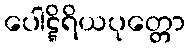
ပေါဋ္ဋိရိယပုတ္တော